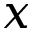
x